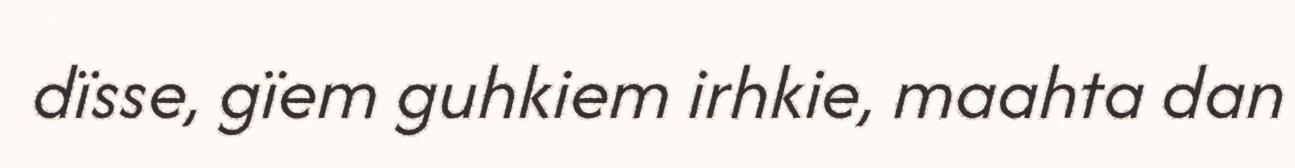
dïsse, gïem guhkiem irhkie, maahta dan